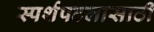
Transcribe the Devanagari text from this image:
स्पर्शपटलासाठी